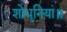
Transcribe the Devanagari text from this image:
शोधूनियां॥